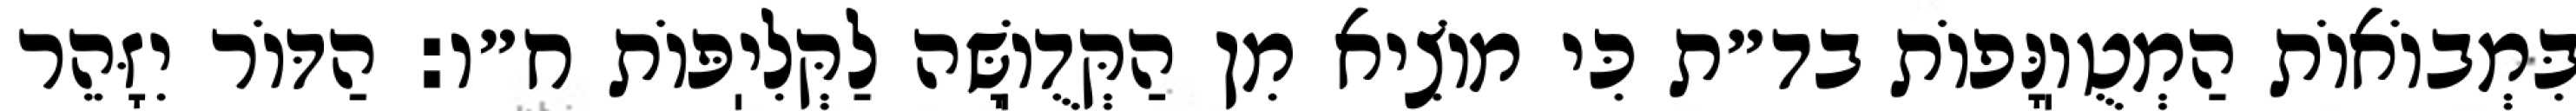
בִּמְבוֹאוֹת הַמְטֻוֽנָּפוֹת בד״ת כִּי מוֹצִיא מִן הַקְּדֻוֽשָּׁה לַקְּלִיֽפּוֹת ח״ו: הַדּוֹר יִזָּהֵר